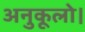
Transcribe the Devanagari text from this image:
अनुकूलो।